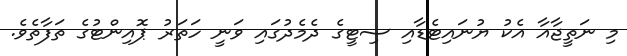
މި ނަތީޖާއާ އެކު ޔުނައިޓެޑާއި ސިޓީގެ ދެމެދުގައި ވަނީ ހަތަރު ޕޮއިންޓުގެ ތަފާތެވެ.